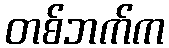
တစ်ဘက်က